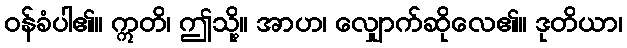
ဝန်ခံပါ၏။ ဣတိ၊ ဤသို့။ အာဟ၊ လျှောက်ဆိုလေ၏။ ဒုတိယာ၊